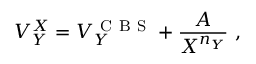
V _ { Y } ^ { X } = V _ { Y } ^ { \mathrm { ~ C ~ B ~ S ~ } } + \frac { A } { X ^ { n _ { Y } } } \ ,